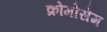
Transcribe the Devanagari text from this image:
क्रोमोसेम